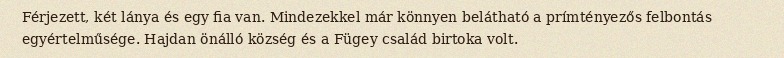
Férjezett, két lánya és egy fia van. Mindezekkel már könnyen belátható a prímtényezős felbontás egyértelműsége. Hajdan önálló község és a Fügey család birtoka volt.